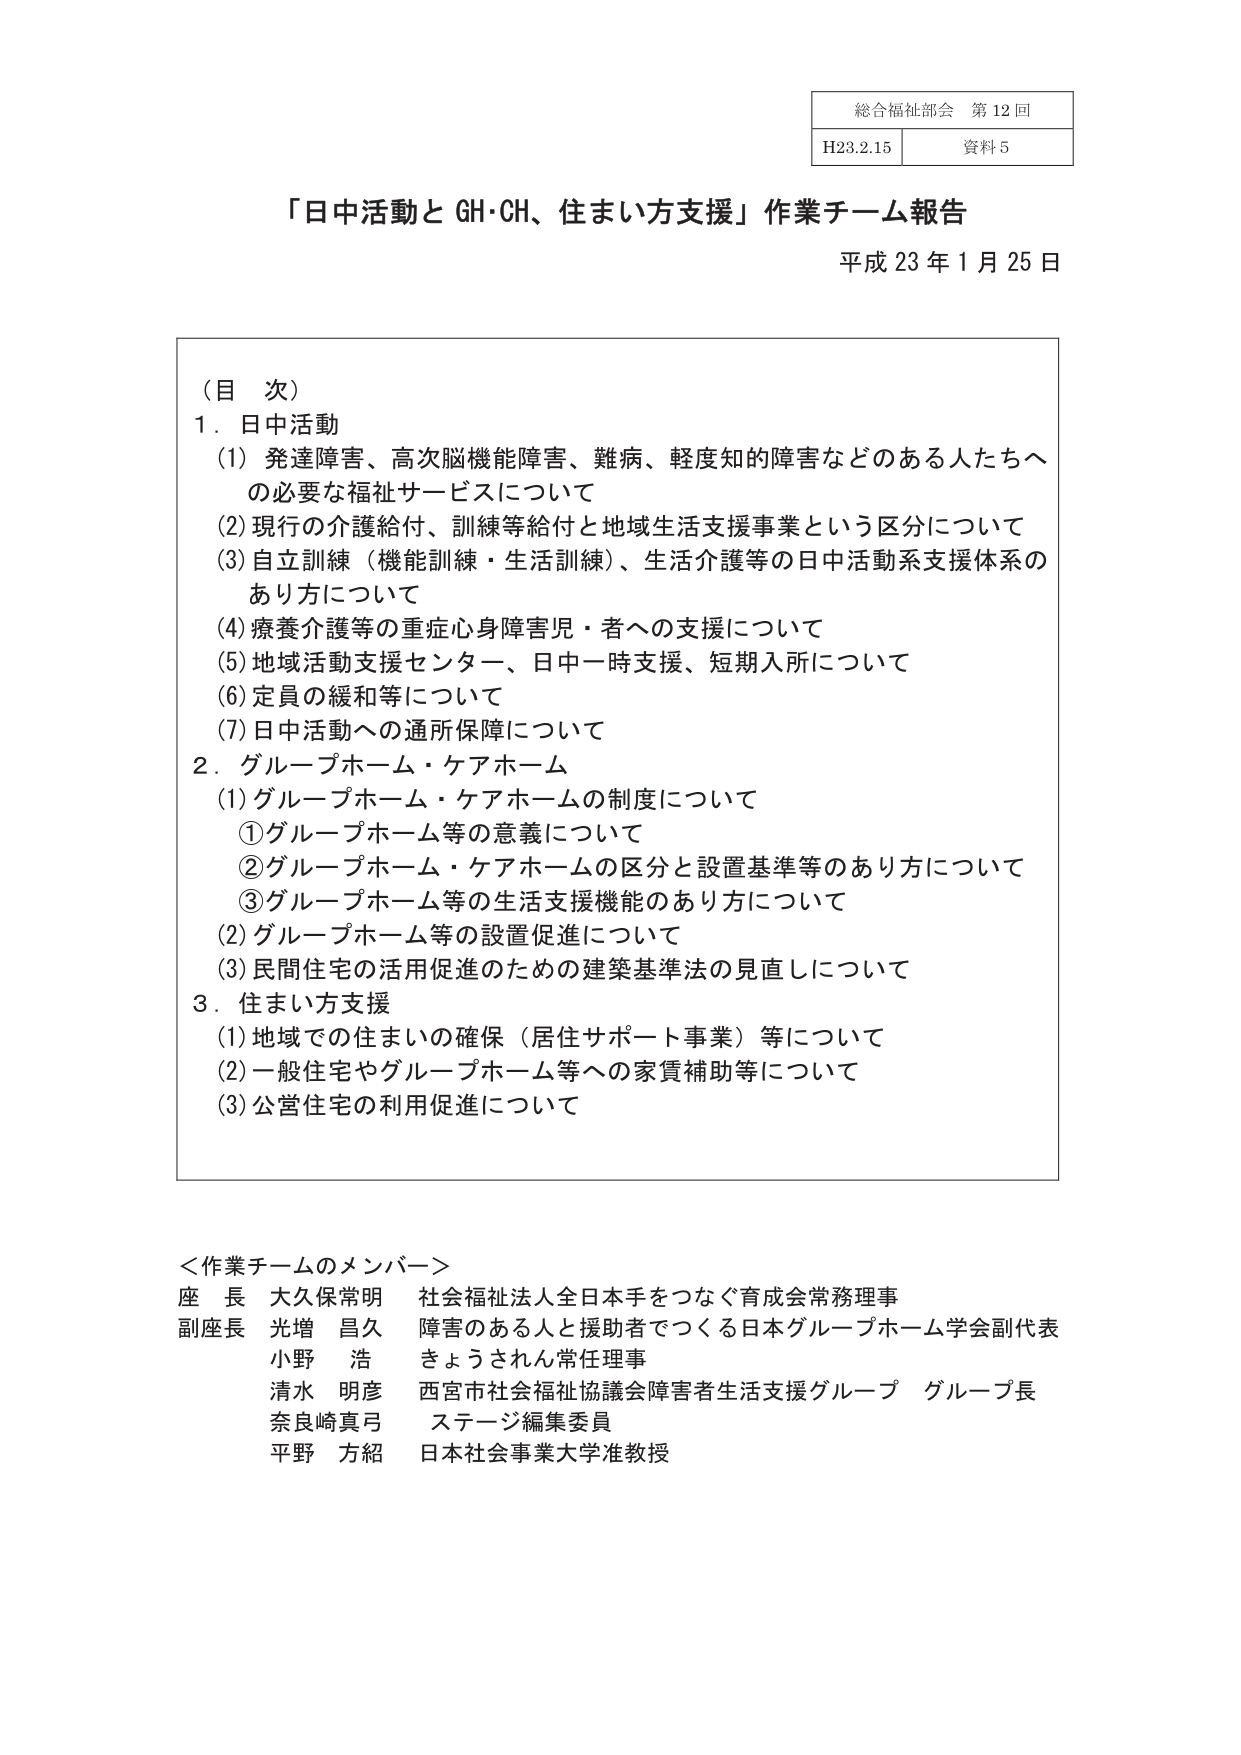
総合福祉部会 第12回
H23.2.15 資料5

「日中活動と GH・CH、住まい方支援」作業チーム報告
平成23年1月25日

（目 次）
1．日中活動
　(1) 発達障害、高次脳機能障害、難病、軽度知的障害などのある人たちへの必要な福祉サービスについて
　(2) 現行の介護給付、訓練等給付と地域生活支援事業という区分について
　(3) 自立訓練（機能訓練・生活訓練）、生活介護等の日中活動系支援体系のあり方について
　(4) 療養介護等の重症心身障害児・者への支援について
　(5) 地域活動支援センター、日中一時支援、短期入所について
　(6) 定員の緩和等について
　(7) 日中活動への通所保障について
2．グループホーム・ケアホーム
　(1) グループホーム・ケアホームの制度について
　　①グループホーム等の意義について
　　②グループホーム・ケアホームの区分と設置基準等のあり方について
　　③グループホーム等の生活支援機能のあり方について
　(2) グループホーム等の設置促進について
　(3) 民間住宅の活用促進のための建築基準法の見直しについて
3．住まい方支援
　(1) 地域での住まいの確保（居住サポート事業）等について
　(2) 一般住宅やグループホーム等への家賃補助等について
　(3) 公営住宅の利用促進について

＜作業チームのメンバー＞
座長 大久保常明 社会福祉法人全日本手をつなぐ育成会常務理事
副座長 光増 昌久 障害のある人と援助者でつくる日本グループホーム学会副代表
　　　　小野 浩 きょうされん常任理事
　　　　清水 明彦 西宮市社会福祉協議会障害者生活支援グループ グループ長
　　　　奈良崎真弓 ステージ編集委員
　　　　平野 方紹 日本社会事業大学准教授